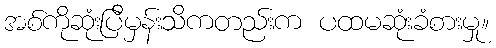
အစ်ကိုဆုံးပြီမှန်းသိကတည်းက ပထမဆုံးခံစားမှု။